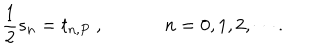
\frac { 1 } { 2 } s _ { n } = t _ { n , P } ~ , ~ n = 0 , 1 , 2 , \cdots .